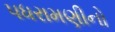
પધરામણીનો